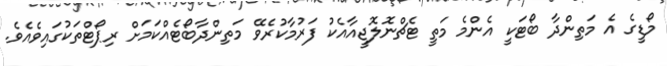
މޯޑީގެ އެ މަތިންދާ ބޯޓަކީ އެންމެ މަތީ ޓެޗްނޮލޮޖީއާއެކު ފަރުމާކުރެވޭ މަތިންދާބޯޓެއްކަަމަށް ރިޕޯޓްތަކުގައިވެއެވެ.